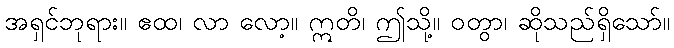
အရှင်ဘုရား။ ဧထ၊ လာ လော့။ ဣတိ၊ ဤသို့။ ဝတွာ၊ ဆိုသည်ရှိသော်။